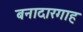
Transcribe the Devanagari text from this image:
बनादारगाह